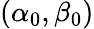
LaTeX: (\alpha_{0},\beta_{0})